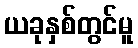
ယခုနှစ်တွင်မူ